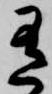
有